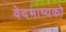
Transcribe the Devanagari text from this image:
वेदभाष्यको